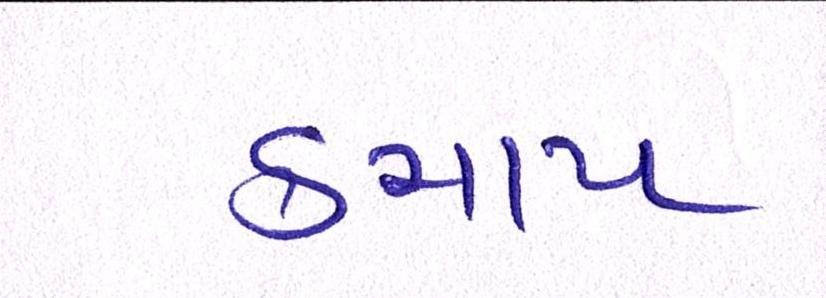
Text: કમાય